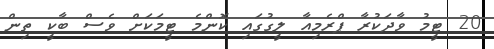
20 ޓީމު ވާދަކުރާ ޕްރެމިއާ ލީގުގައި ކޮންމެ ޓީމަކަށް ވެސް ބާކީ ތިން